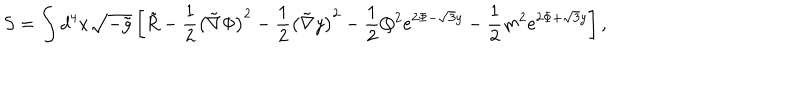
S = \int d ^ { 4 } x \sqrt { - \tilde { g } } \left[ \tilde { R } - \frac { 1 } { 2 } \left( \tilde { \nabla } \Phi \right) ^ { 2 } - \frac { 1 } { 2 } \left( \tilde { \nabla } y \right) ^ { 2 } - \frac { 1 } { 2 } Q ^ { 2 } e ^ { 2 \Phi - \sqrt { 3 } y } - \frac { 1 } { 2 } m ^ { 2 } e ^ { 2 \Phi + \sqrt { 3 } y } \right] ,